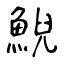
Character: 鯢